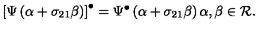
\left[ \Psi \left( \alpha + \sigma _ { 2 1 } \beta \right) \right] ^ { \bullet } = \Psi ^ { \bullet } \left( \alpha + \sigma _ { 2 1 } \beta \right) \alpha , \beta \in { \cal R } .